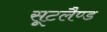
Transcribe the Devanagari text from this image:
सूटलैण्ड